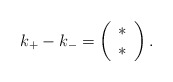
\begin{align*}k_{+}-k_{-}=\left( \begin{array}{c} \ast \\ \ast \\ \end{array}\right).\end{align*}